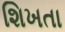
શિખતા